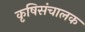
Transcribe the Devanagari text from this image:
कृषिसंचालक